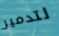
لتدمير